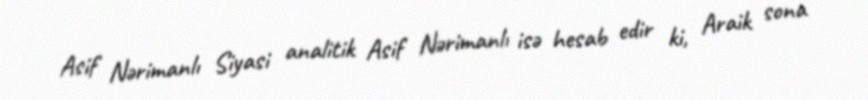
Asif Nərimanlı Siyasi analitik Asif Nərimanlı isə hesab edir ki, Araik sona